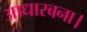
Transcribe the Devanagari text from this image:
आधारबना।